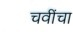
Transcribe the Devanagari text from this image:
चवींचा